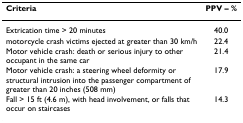
<table><thead><tr><td><b>Criteria</b></td><td><b>PPV – %</b></td></tr></thead><tbody><tr><td>Extrication time &gt; 20 minutes</td><td>40.0</td></tr><tr><td>motorcycle crash victims ejected at greater than 30 km/h</td><td>22.4</td></tr><tr><td>Motor vehicle crash: death or serious injury to other occupant in the same car</td><td>21.4</td></tr><tr><td>Motor vehicle crash: a steering wheel deformity or structural intrusion into the passenger compartment of greater than 20 inches (508 mm)</td><td>17.9</td></tr><tr><td>Fall &gt; 15 ft (4.6 m), with head involvement, or falls that occur on staircases</td><td>14.3</td></tr></tbody></table>